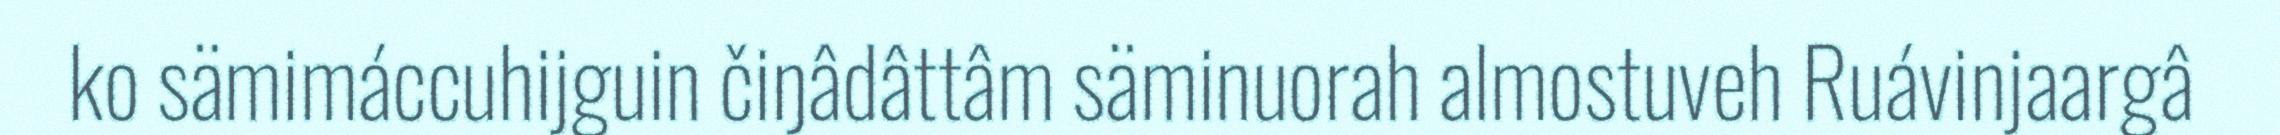
ko sämimáccuhijguin čiŋâdâttâm säminuorah almostuveh Ruávinjaargâ